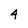
Character: 4